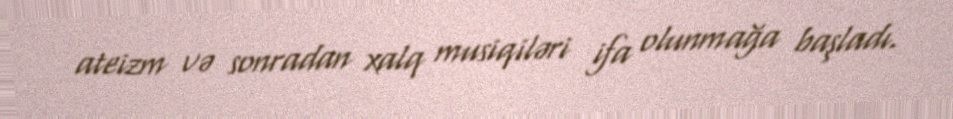
ateizm və sonradan xalq musiqiləri ifa olunmağa başladı.